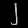
Digit: ၂